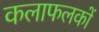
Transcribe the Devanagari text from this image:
कलाफलकों